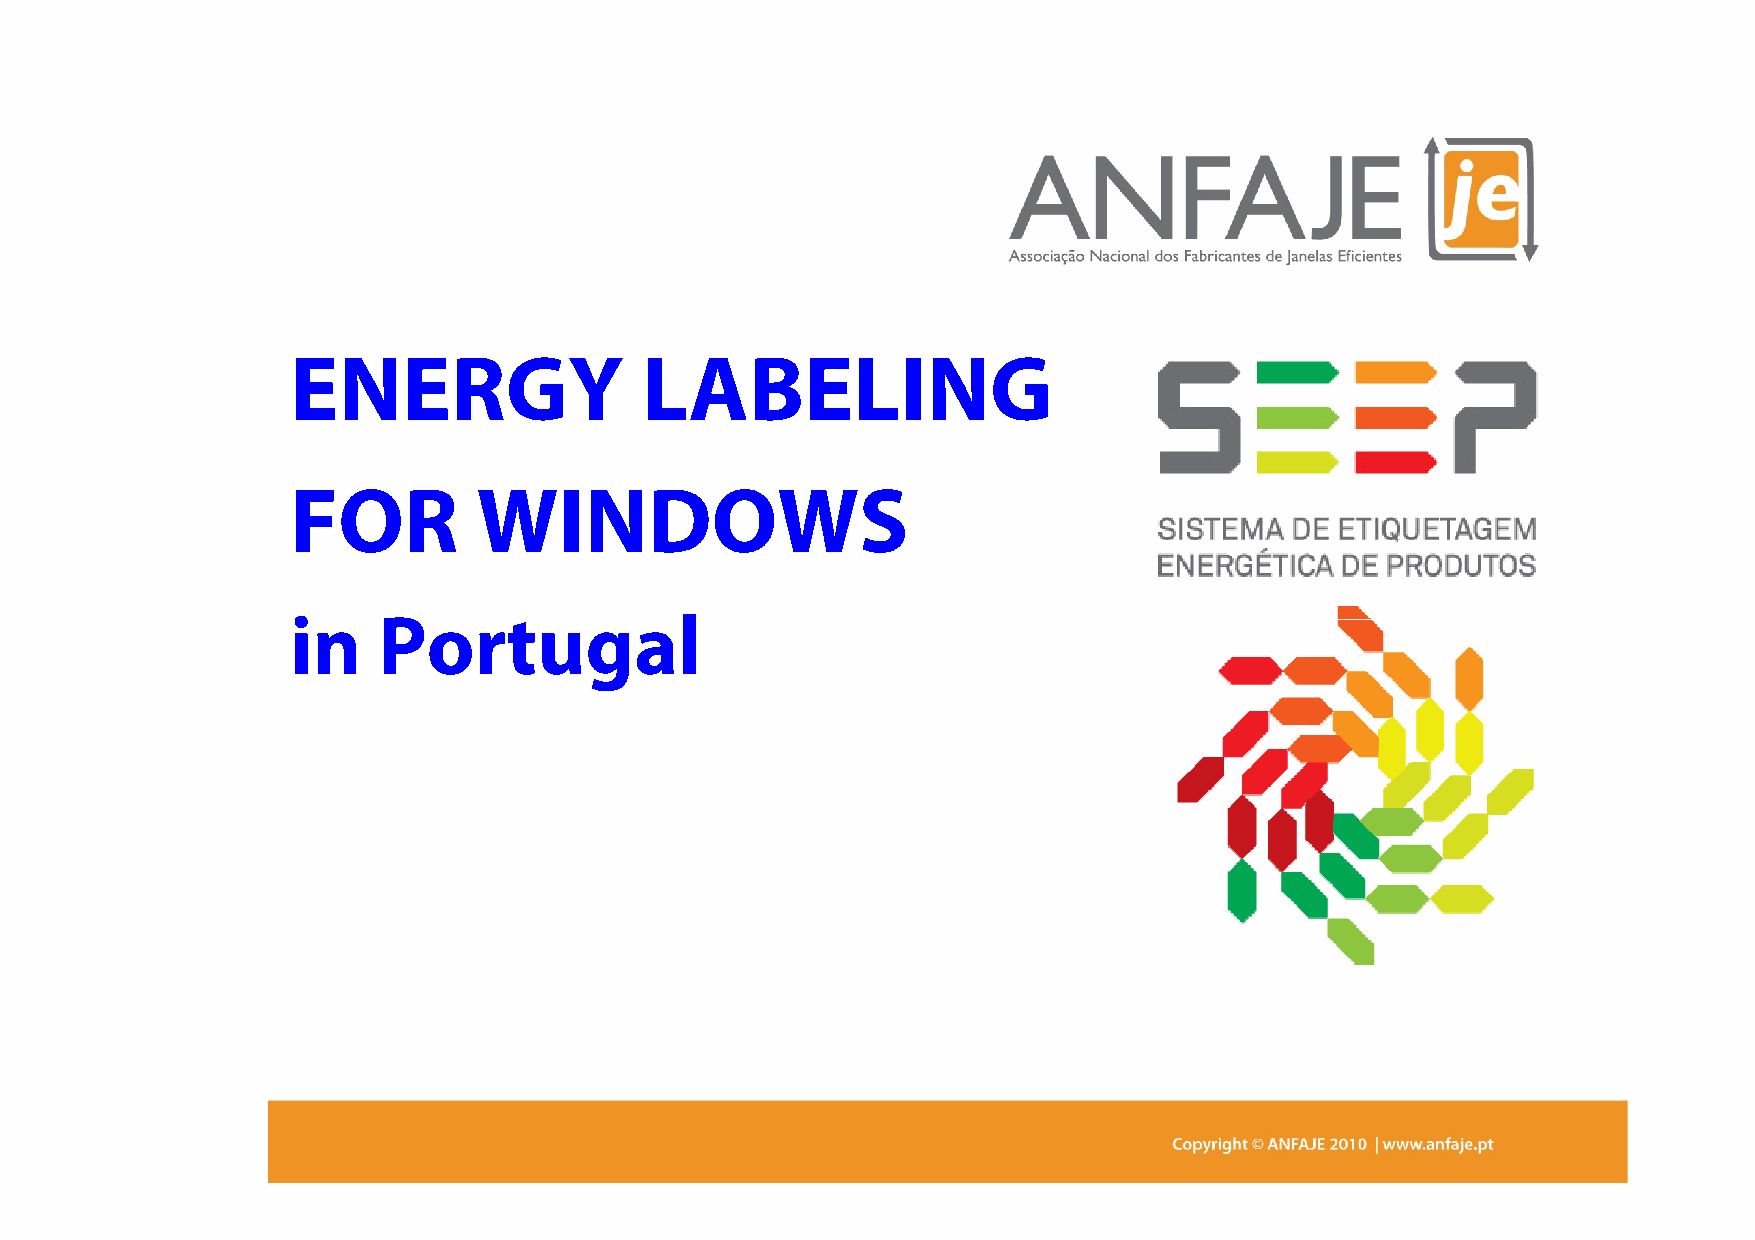
ENERGY                 LABELING
 FOR          WINDOWS
 iinn  PPoorrttuuggaall